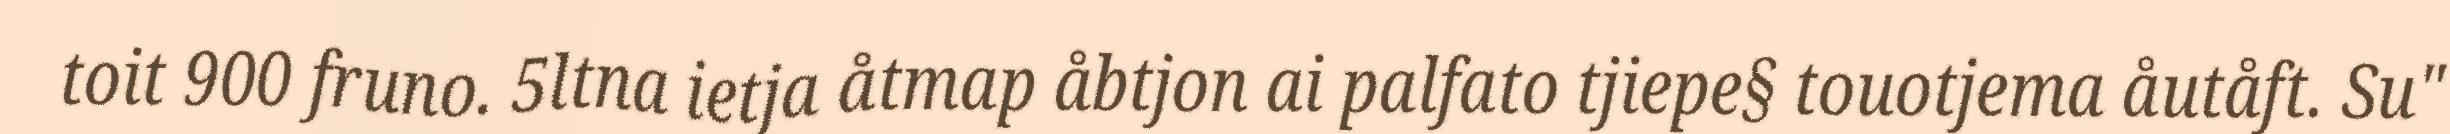
toit 900 fruno. 5ltna ietja åtmap åbtjon ai palfato tjiepe§ touotjema åutåft. Su"